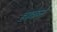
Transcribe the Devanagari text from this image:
हाकेने